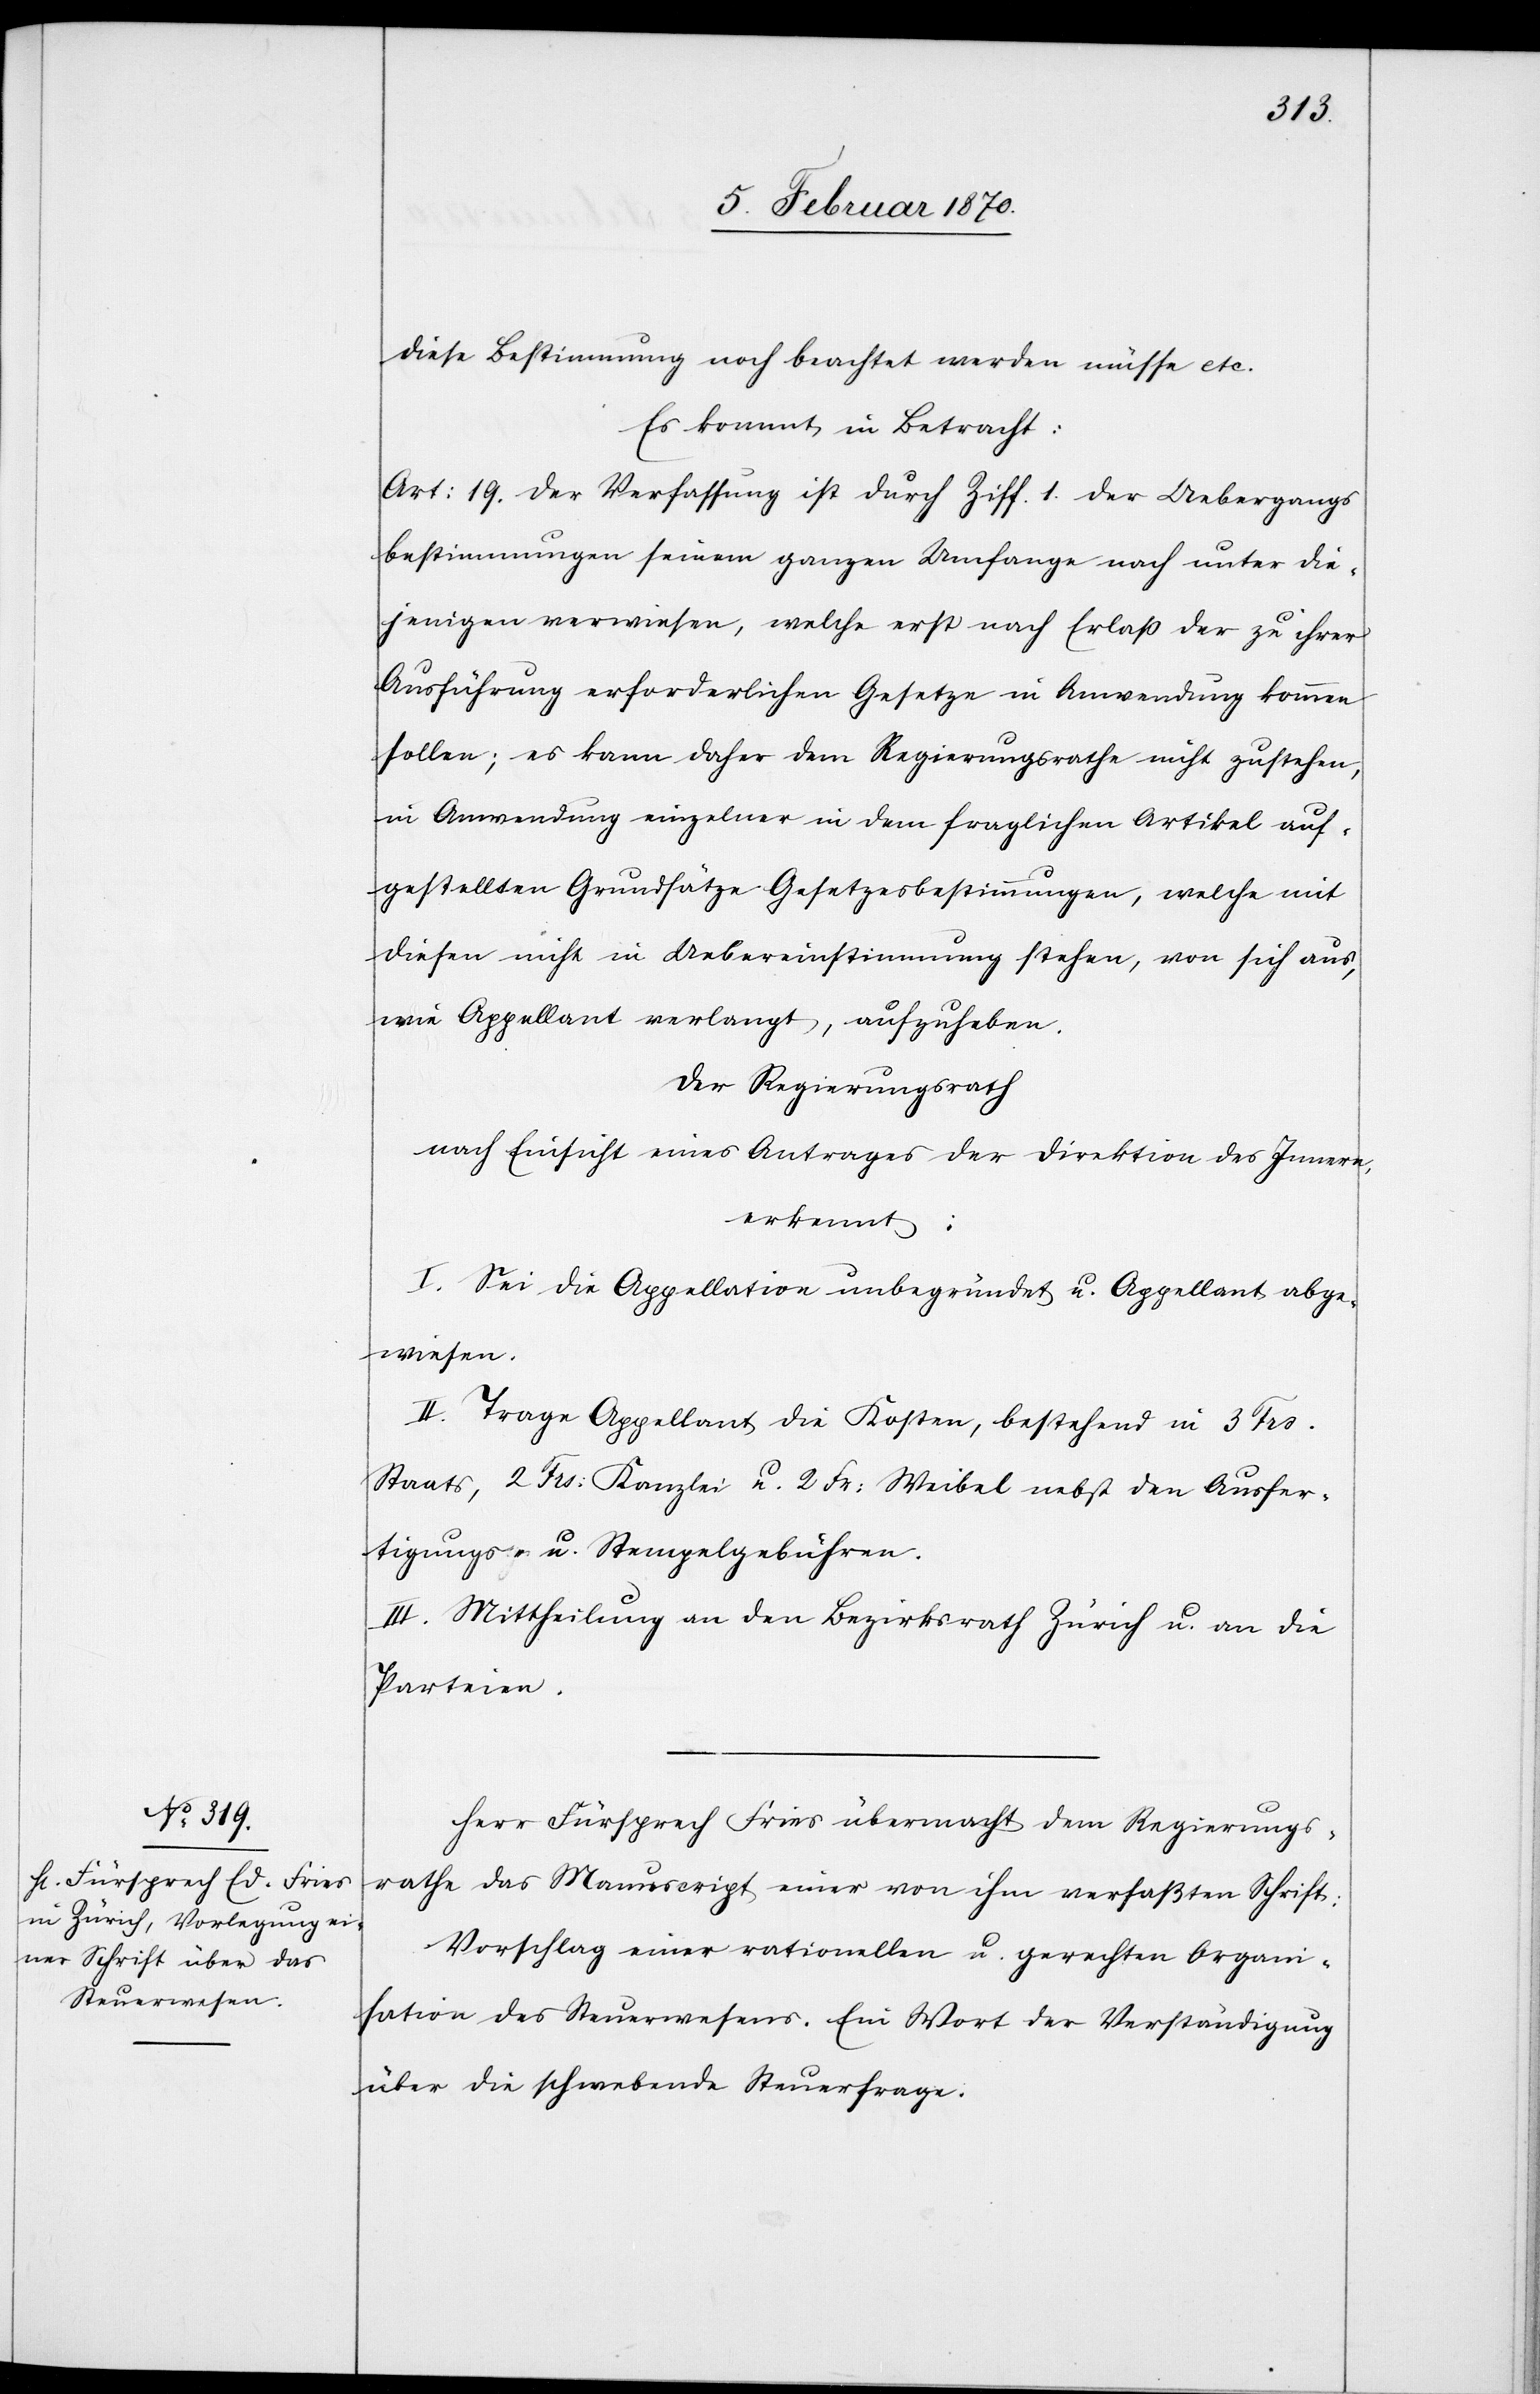
diese Bestimmung noch beachtet werden müsse etc.
Es kommt in Betracht:
Art: 19. der Verfassung ist durch Ziff. 1. der Uebergangs¬
bestimmungen seinem ganzen Umfange nach unter die¬
jenigen verwiesen, welche erst nach Erlaß der zu ihrer
Ausführung erforderlichen Gesetze in Anwendung kommen
sollen; es kann daher dem Regierungsrathe nicht zustehen,
in Anwendung einzelner in dem fraglichen Artikel auf¬
gestellten Grundsätze Gesetzesbestimmungen, welche mit
diesen nicht in Uebereinstimmung stehen, von sich aus,
eine Appellant verlangt, aufzuheben.
Der Regierungsrath
nach Einsicht eines Antrages der Direktion des Innern,
erkennt:
I. Sei die Appellation unbegründet u. Appellant abge¬
wiesen.
II. Trage Appellant die Kosten, bestehend in 3 Frs.
Staats[-], 2 Frs: Kanzlei[-] u. 2 Fr: Weibel[-] nebst den Ausfer¬
tigungs- u. Stempelgebühren.
III. Mittheilung an den Bezirksrath Zürich u. an die
Parteien.
Herr Fürsprech Ries übermacht dem Regierungs¬
rathe das Manuscript einer von ihm verfaßten Schrift:
Vorschlag einer rationellen u. gerechten Organi¬
sation des Steuerwesens. Ein Wort der Verständigung
über die schwebende Steuerfrage.